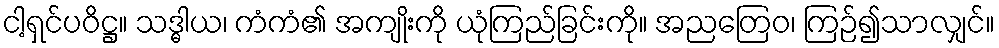
ငါ့ရှင်ပဝိဋ္ဌ။ သဒ္ဓါယ၊ ကံကံ၏ အကျိုးကို ယုံကြည်ခြင်းကို။ အညတြေဝ၊ ကြဉ်၍သာလျှင်။